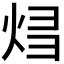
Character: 𰞝